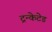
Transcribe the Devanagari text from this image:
ट्रन्केटेड